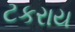
ટકરાય